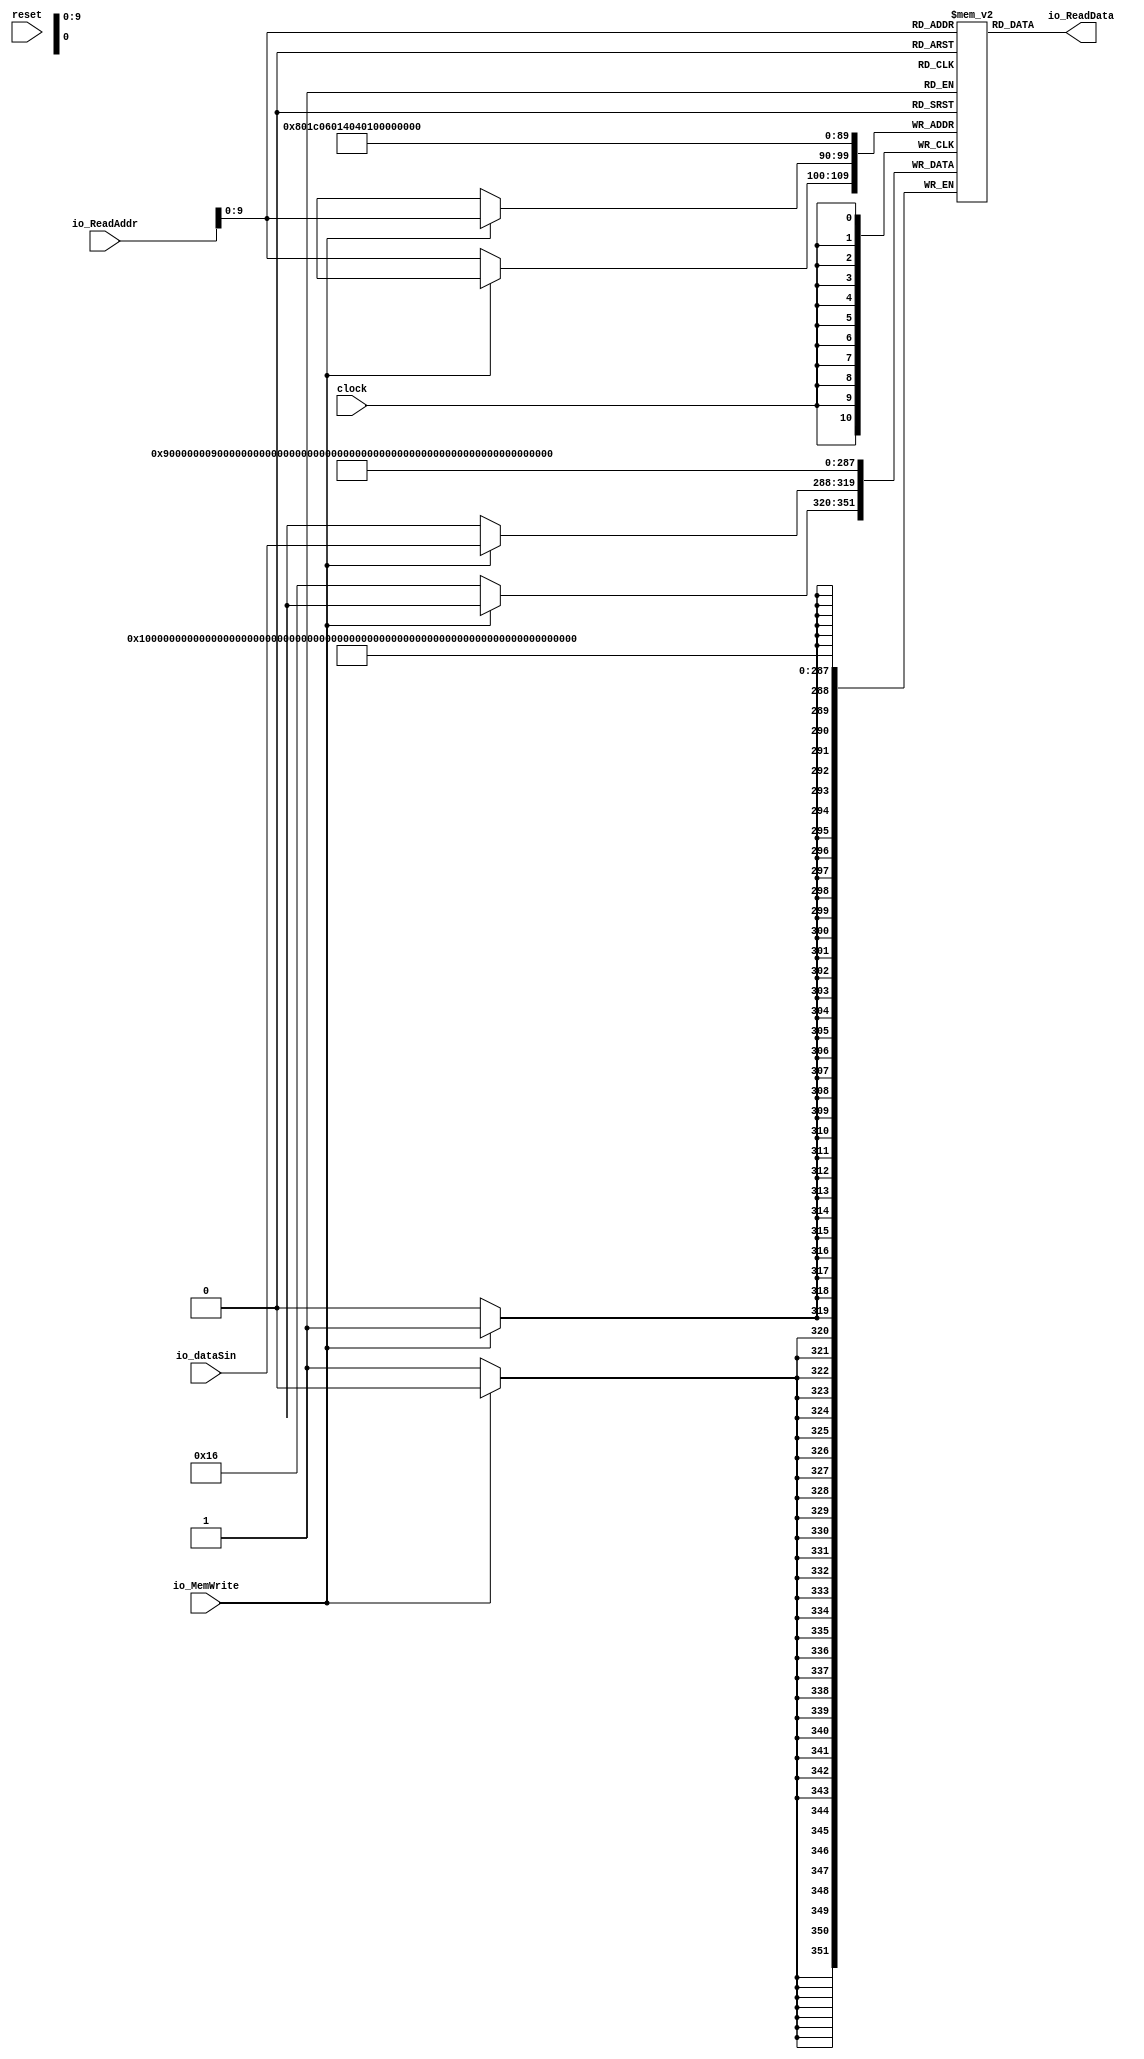
module DataMemory(
  input         clock,
  input         reset,
  input  [31:0] io_dataSin,
  input  [31:0] io_ReadAddr,
  output [31:0] io_ReadData,
  input         io_MemWrite
);
`ifdef RANDOMIZE_MEM_INIT
  reg [31:0] _RAND_0;
`endif // RANDOMIZE_MEM_INIT
  reg [31:0] DMemory [0:1023]; // @[DataMemory.scala 15:22]
  wire  DMemory_io_ReadData_MPORT_en; // @[DataMemory.scala 15:22]
  wire [9:0] DMemory_io_ReadData_MPORT_addr; // @[DataMemory.scala 15:22]
  wire [31:0] DMemory_io_ReadData_MPORT_data; // @[DataMemory.scala 15:22]
  wire [31:0] DMemory_MPORT_data; // @[DataMemory.scala 15:22]
  wire [9:0] DMemory_MPORT_addr; // @[DataMemory.scala 15:22]
  wire  DMemory_MPORT_mask; // @[DataMemory.scala 15:22]
  wire  DMemory_MPORT_en; // @[DataMemory.scala 15:22]
  wire [31:0] DMemory_MPORT_1_data; // @[DataMemory.scala 15:22]
  wire [9:0] DMemory_MPORT_1_addr; // @[DataMemory.scala 15:22]
  wire  DMemory_MPORT_1_mask; // @[DataMemory.scala 15:22]
  wire  DMemory_MPORT_1_en; // @[DataMemory.scala 15:22]
  wire [31:0] DMemory_MPORT_2_data; // @[DataMemory.scala 15:22]
  wire [9:0] DMemory_MPORT_2_addr; // @[DataMemory.scala 15:22]
  wire  DMemory_MPORT_2_mask; // @[DataMemory.scala 15:22]
  wire  DMemory_MPORT_2_en; // @[DataMemory.scala 15:22]
  wire [31:0] DMemory_MPORT_3_data; // @[DataMemory.scala 15:22]
  wire [9:0] DMemory_MPORT_3_addr; // @[DataMemory.scala 15:22]
  wire  DMemory_MPORT_3_mask; // @[DataMemory.scala 15:22]
  wire  DMemory_MPORT_3_en; // @[DataMemory.scala 15:22]
  wire [31:0] DMemory_MPORT_4_data; // @[DataMemory.scala 15:22]
  wire [9:0] DMemory_MPORT_4_addr; // @[DataMemory.scala 15:22]
  wire  DMemory_MPORT_4_mask; // @[DataMemory.scala 15:22]
  wire  DMemory_MPORT_4_en; // @[DataMemory.scala 15:22]
  wire [31:0] DMemory_MPORT_5_data; // @[DataMemory.scala 15:22]
  wire [9:0] DMemory_MPORT_5_addr; // @[DataMemory.scala 15:22]
  wire  DMemory_MPORT_5_mask; // @[DataMemory.scala 15:22]
  wire  DMemory_MPORT_5_en; // @[DataMemory.scala 15:22]
  wire [31:0] DMemory_MPORT_6_data; // @[DataMemory.scala 15:22]
  wire [9:0] DMemory_MPORT_6_addr; // @[DataMemory.scala 15:22]
  wire  DMemory_MPORT_6_mask; // @[DataMemory.scala 15:22]
  wire  DMemory_MPORT_6_en; // @[DataMemory.scala 15:22]
  wire [31:0] DMemory_MPORT_7_data; // @[DataMemory.scala 15:22]
  wire [9:0] DMemory_MPORT_7_addr; // @[DataMemory.scala 15:22]
  wire  DMemory_MPORT_7_mask; // @[DataMemory.scala 15:22]
  wire  DMemory_MPORT_7_en; // @[DataMemory.scala 15:22]
  wire [31:0] DMemory_MPORT_8_data; // @[DataMemory.scala 15:22]
  wire [9:0] DMemory_MPORT_8_addr; // @[DataMemory.scala 15:22]
  wire  DMemory_MPORT_8_mask; // @[DataMemory.scala 15:22]
  wire  DMemory_MPORT_8_en; // @[DataMemory.scala 15:22]
  wire [31:0] DMemory_MPORT_9_data; // @[DataMemory.scala 15:22]
  wire [9:0] DMemory_MPORT_9_addr; // @[DataMemory.scala 15:22]
  wire  DMemory_MPORT_9_mask; // @[DataMemory.scala 15:22]
  wire  DMemory_MPORT_9_en; // @[DataMemory.scala 15:22]
  wire [31:0] DMemory_MPORT_10_data; // @[DataMemory.scala 15:22]
  wire [9:0] DMemory_MPORT_10_addr; // @[DataMemory.scala 15:22]
  wire  DMemory_MPORT_10_mask; // @[DataMemory.scala 15:22]
  wire  DMemory_MPORT_10_en; // @[DataMemory.scala 15:22]
  assign DMemory_io_ReadData_MPORT_en = 1'h1;
  assign DMemory_io_ReadData_MPORT_addr = io_ReadAddr[9:0];
  assign DMemory_io_ReadData_MPORT_data = DMemory[DMemory_io_ReadData_MPORT_addr]; // @[DataMemory.scala 15:22]
  assign DMemory_MPORT_data = 32'sh13;
  assign DMemory_MPORT_addr = 10'h0;
  assign DMemory_MPORT_mask = 1'h1;
  assign DMemory_MPORT_en = 1'h1;
  assign DMemory_MPORT_1_data = 32'sh9;
  assign DMemory_MPORT_1_addr = 10'h1;
  assign DMemory_MPORT_1_mask = 1'h1;
  assign DMemory_MPORT_1_en = 1'h1;
  assign DMemory_MPORT_2_data = 32'sh9;
  assign DMemory_MPORT_2_addr = 10'h2;
  assign DMemory_MPORT_2_mask = 1'h1;
  assign DMemory_MPORT_2_en = 1'h1;
  assign DMemory_MPORT_3_data = 32'sh9;
  assign DMemory_MPORT_3_addr = 10'h3;
  assign DMemory_MPORT_3_mask = 1'h1;
  assign DMemory_MPORT_3_en = 1'h1;
  assign DMemory_MPORT_4_data = 32'sh9;
  assign DMemory_MPORT_4_addr = 10'h4;
  assign DMemory_MPORT_4_mask = 1'h1;
  assign DMemory_MPORT_4_en = 1'h1;
  assign DMemory_MPORT_5_data = 32'sh9;
  assign DMemory_MPORT_5_addr = 10'h5;
  assign DMemory_MPORT_5_mask = 1'h1;
  assign DMemory_MPORT_5_en = 1'h1;
  assign DMemory_MPORT_6_data = 32'sh9;
  assign DMemory_MPORT_6_addr = 10'h6;
  assign DMemory_MPORT_6_mask = 1'h1;
  assign DMemory_MPORT_6_en = 1'h1;
  assign DMemory_MPORT_7_data = 32'sh9;
  assign DMemory_MPORT_7_addr = 10'h7;
  assign DMemory_MPORT_7_mask = 1'h1;
  assign DMemory_MPORT_7_en = 1'h1;
  assign DMemory_MPORT_8_data = 32'sh9;
  assign DMemory_MPORT_8_addr = 10'h8;
  assign DMemory_MPORT_8_mask = 1'h1;
  assign DMemory_MPORT_8_en = 1'h1;
  assign DMemory_MPORT_9_data = io_dataSin;
  assign DMemory_MPORT_9_addr = io_ReadAddr[9:0];
  assign DMemory_MPORT_9_mask = 1'h1;
  assign DMemory_MPORT_9_en = io_MemWrite;
  assign DMemory_MPORT_10_data = 32'sh16;
  assign DMemory_MPORT_10_addr = io_ReadAddr[9:0];
  assign DMemory_MPORT_10_mask = 1'h1;
  assign DMemory_MPORT_10_en = io_MemWrite ? 1'h0 : 1'h1;
  assign io_ReadData = DMemory_io_ReadData_MPORT_data; // @[DataMemory.scala 37:17]
  always @(posedge clock) begin
    if (DMemory_MPORT_en & DMemory_MPORT_mask) begin
      DMemory[DMemory_MPORT_addr] <= DMemory_MPORT_data; // @[DataMemory.scala 15:22]
    end
    if (DMemory_MPORT_1_en & DMemory_MPORT_1_mask) begin
      DMemory[DMemory_MPORT_1_addr] <= DMemory_MPORT_1_data; // @[DataMemory.scala 15:22]
    end
    if (DMemory_MPORT_2_en & DMemory_MPORT_2_mask) begin
      DMemory[DMemory_MPORT_2_addr] <= DMemory_MPORT_2_data; // @[DataMemory.scala 15:22]
    end
    if (DMemory_MPORT_3_en & DMemory_MPORT_3_mask) begin
      DMemory[DMemory_MPORT_3_addr] <= DMemory_MPORT_3_data; // @[DataMemory.scala 15:22]
    end
    if (DMemory_MPORT_4_en & DMemory_MPORT_4_mask) begin
      DMemory[DMemory_MPORT_4_addr] <= DMemory_MPORT_4_data; // @[DataMemory.scala 15:22]
    end
    if (DMemory_MPORT_5_en & DMemory_MPORT_5_mask) begin
      DMemory[DMemory_MPORT_5_addr] <= DMemory_MPORT_5_data; // @[DataMemory.scala 15:22]
    end
    if (DMemory_MPORT_6_en & DMemory_MPORT_6_mask) begin
      DMemory[DMemory_MPORT_6_addr] <= DMemory_MPORT_6_data; // @[DataMemory.scala 15:22]
    end
    if (DMemory_MPORT_7_en & DMemory_MPORT_7_mask) begin
      DMemory[DMemory_MPORT_7_addr] <= DMemory_MPORT_7_data; // @[DataMemory.scala 15:22]
    end
    if (DMemory_MPORT_8_en & DMemory_MPORT_8_mask) begin
      DMemory[DMemory_MPORT_8_addr] <= DMemory_MPORT_8_data; // @[DataMemory.scala 15:22]
    end
    if (DMemory_MPORT_9_en & DMemory_MPORT_9_mask) begin
      DMemory[DMemory_MPORT_9_addr] <= DMemory_MPORT_9_data; // @[DataMemory.scala 15:22]
    end
    if (DMemory_MPORT_10_en & DMemory_MPORT_10_mask) begin
      DMemory[DMemory_MPORT_10_addr] <= DMemory_MPORT_10_data; // @[DataMemory.scala 15:22]
    end
  end
// Register and memory initialization
`ifdef RANDOMIZE_GARBAGE_ASSIGN
`define RANDOMIZE
`endif
`ifdef RANDOMIZE_INVALID_ASSIGN
`define RANDOMIZE
`endif
`ifdef RANDOMIZE_REG_INIT
`define RANDOMIZE
`endif
`ifdef RANDOMIZE_MEM_INIT
`define RANDOMIZE
`endif
`ifndef RANDOM
`define RANDOM $random
`endif
`ifdef RANDOMIZE_MEM_INIT
  integer initvar;
`endif
`ifndef SYNTHESIS
`ifdef FIRRTL_BEFORE_INITIAL
`FIRRTL_BEFORE_INITIAL
`endif
initial begin
  `ifdef RANDOMIZE
    `ifdef INIT_RANDOM
      `INIT_RANDOM
    `endif
    `ifndef VERILATOR
      `ifdef RANDOMIZE_DELAY
        #`RANDOMIZE_DELAY begin end
      `else
        #0.002 begin end
      `endif
    `endif
`ifdef RANDOMIZE_MEM_INIT
  _RAND_0 = {1{`RANDOM}};
  for (initvar = 0; initvar < 1024; initvar = initvar+1)
    DMemory[initvar] = _RAND_0[31:0];
`endif // RANDOMIZE_MEM_INIT
  `endif // RANDOMIZE
end // initial
`ifdef FIRRTL_AFTER_INITIAL
`FIRRTL_AFTER_INITIAL
`endif
`endif // SYNTHESIS
endmodule